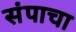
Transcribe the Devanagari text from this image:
संपाचा